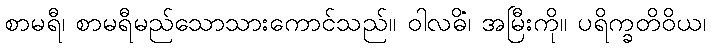
စာမရီ၊ စာမရီမည်သောသားကောင်သည်။ ဝါလဓိံ၊ အမြီးကို။ ပရိက္ခတိဝိယ၊